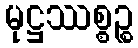
မုဋ္ဌဿစ္စဉ္စ